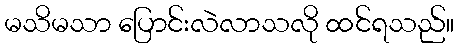
မသိမသာ ပြောင်းလဲလာသလို ထင်ရသည်။